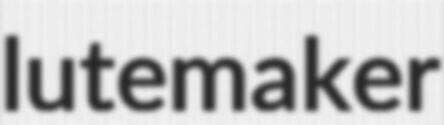
lutemaker